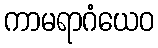
ကာမရာဂံယေဝ